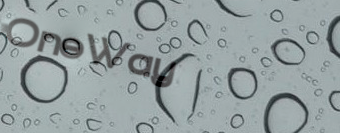
OneWay